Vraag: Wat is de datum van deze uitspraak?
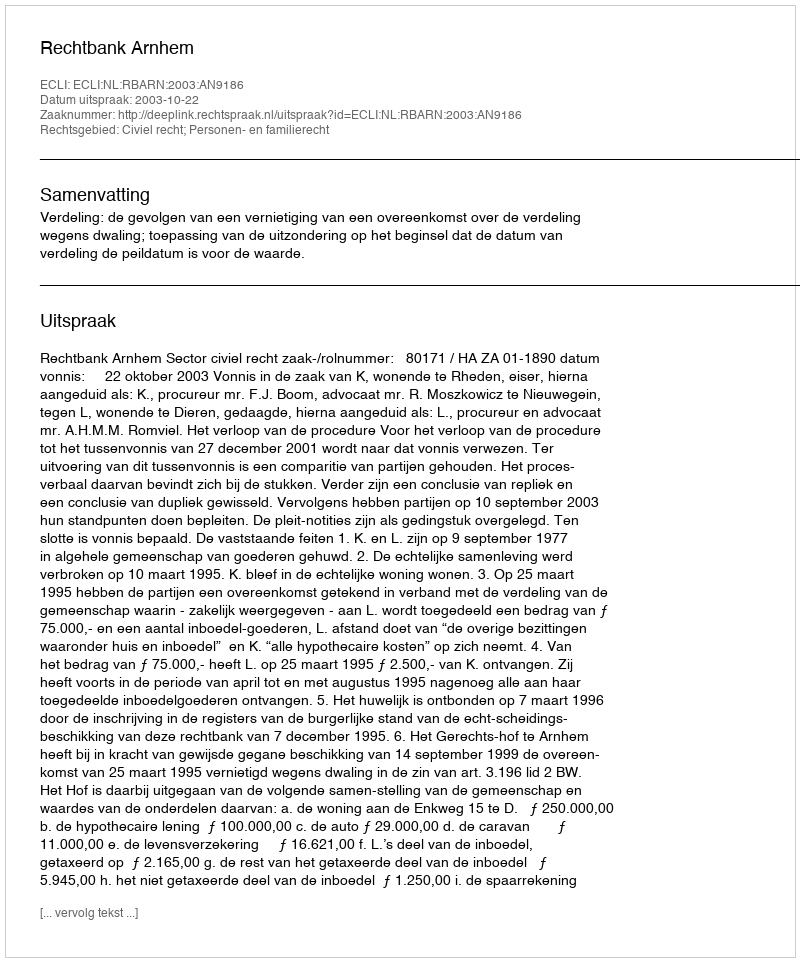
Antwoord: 2003-10-22